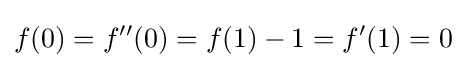
f(0)=f''(0)=f(1)-1=f'(1)=0